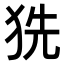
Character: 𤞓